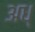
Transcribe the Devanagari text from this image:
अध्